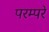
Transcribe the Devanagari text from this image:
परम्परे